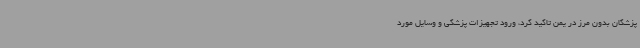
پزشکان بدون مرز در یمن تاکید کرد، ورود تجهیزات پزشکی و وسایل مورد